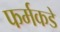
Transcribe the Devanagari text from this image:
फर्मकडे